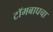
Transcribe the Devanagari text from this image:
टॉमबाघचा